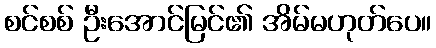
စင်စစ် ဦးအောင်မြင်၏ အိမ်မဟုတ်ပေ။